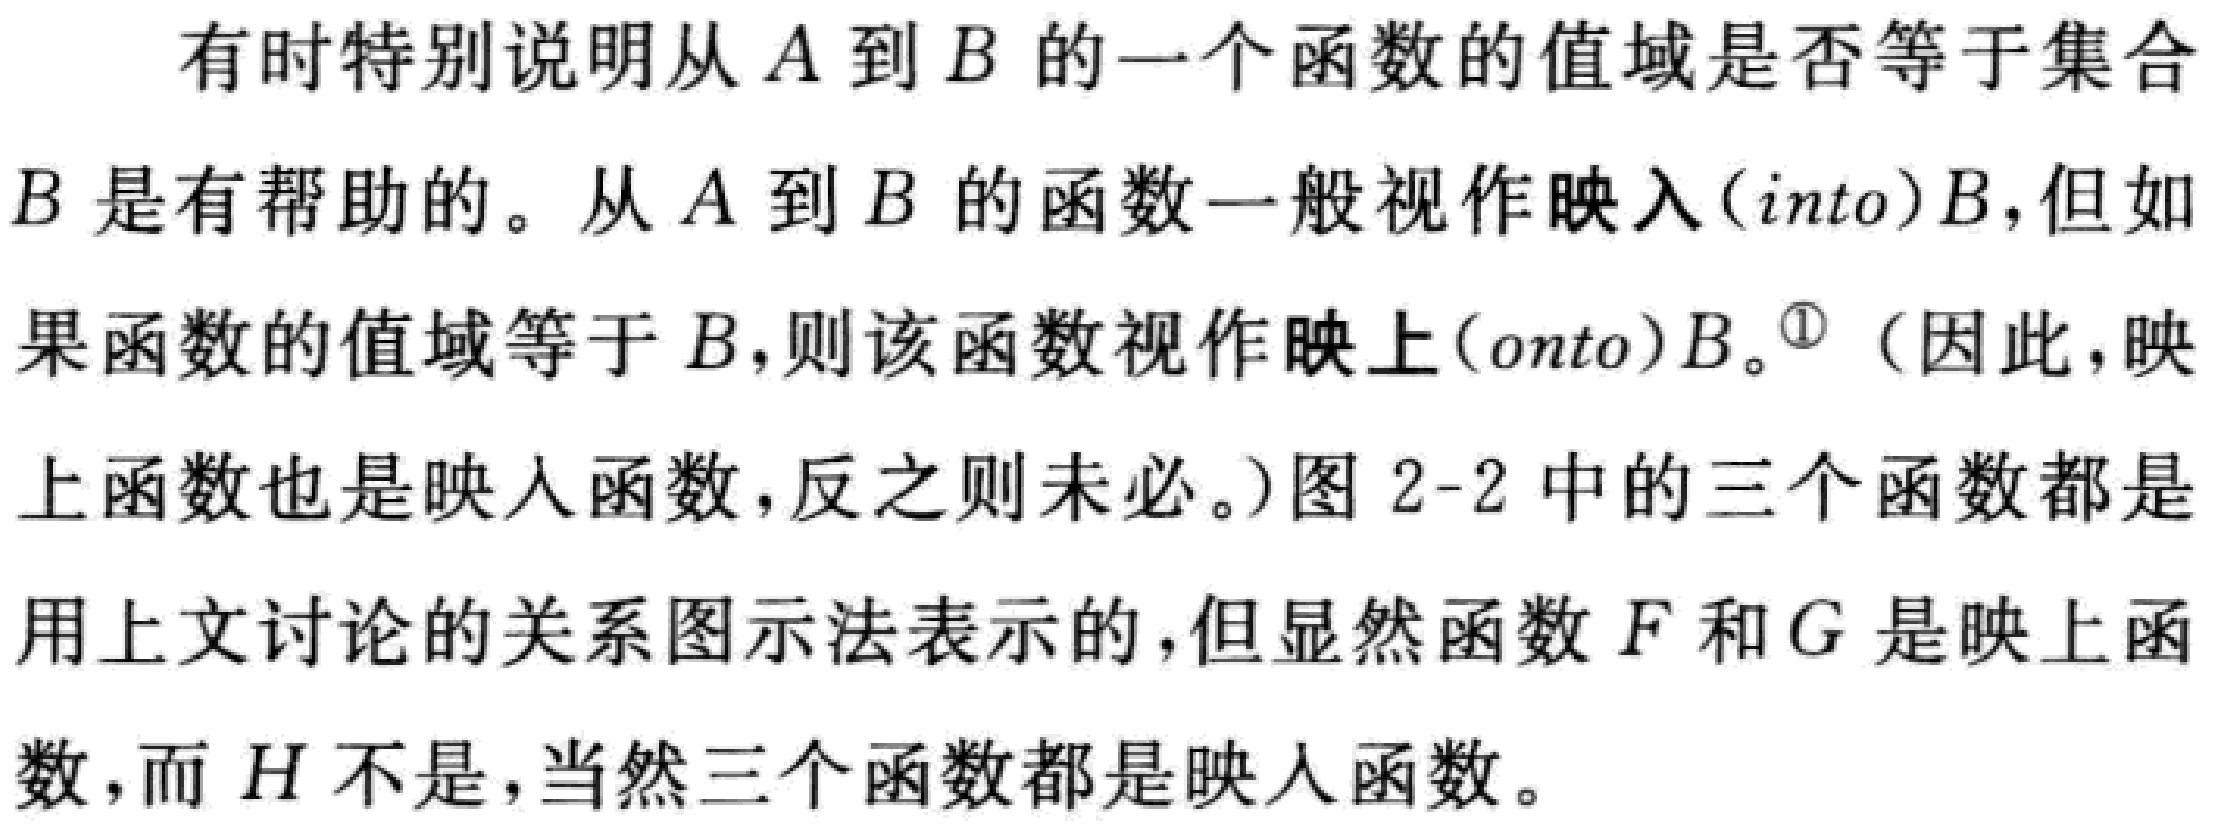
有时特别说明从\(A\)到\(B\)的一个函数的值域是否等于集合\(B\)是有帮助的。从\(A\)到\(B\)的函数一般视作映入(\(into\))\(B\)，但如果函数的值域等于\(B\)，则该函数视作映上(\(onto\))\(B\)。\(^{\textcircled{1}}\)（因此，映上函数也是映入函数，反之则未必。）图2 - 2中的三个函数都是用上文讨论的关系图示法表示的，但显然函数\(F\)和\(G\)是映上函数，而\(H\)不是，当然三个函数都是映入函数。